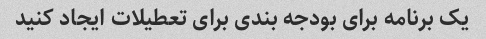
یک برنامه برای بودجه بندی برای تعطیلات ایجاد کنید